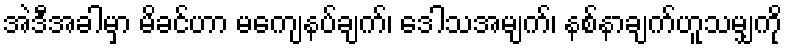
အဲဒီအခါမှာ မိခင်ဟာ မကျေနပ်ချက်၊ ဒေါသအမျက်၊ နစ်နာချက်ဟူသမျှကို